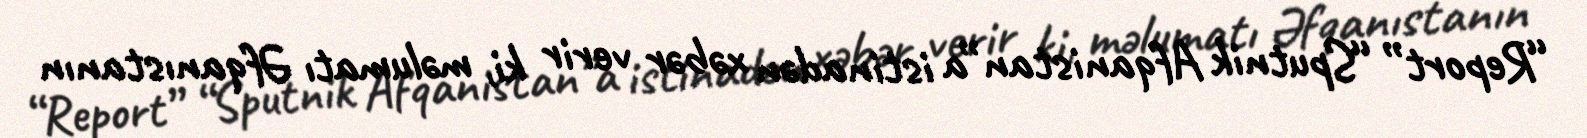
“Report” “Sputnik Afqanistan”a istinadən xəbər verir ki, məlumatı Əfqanıstanın